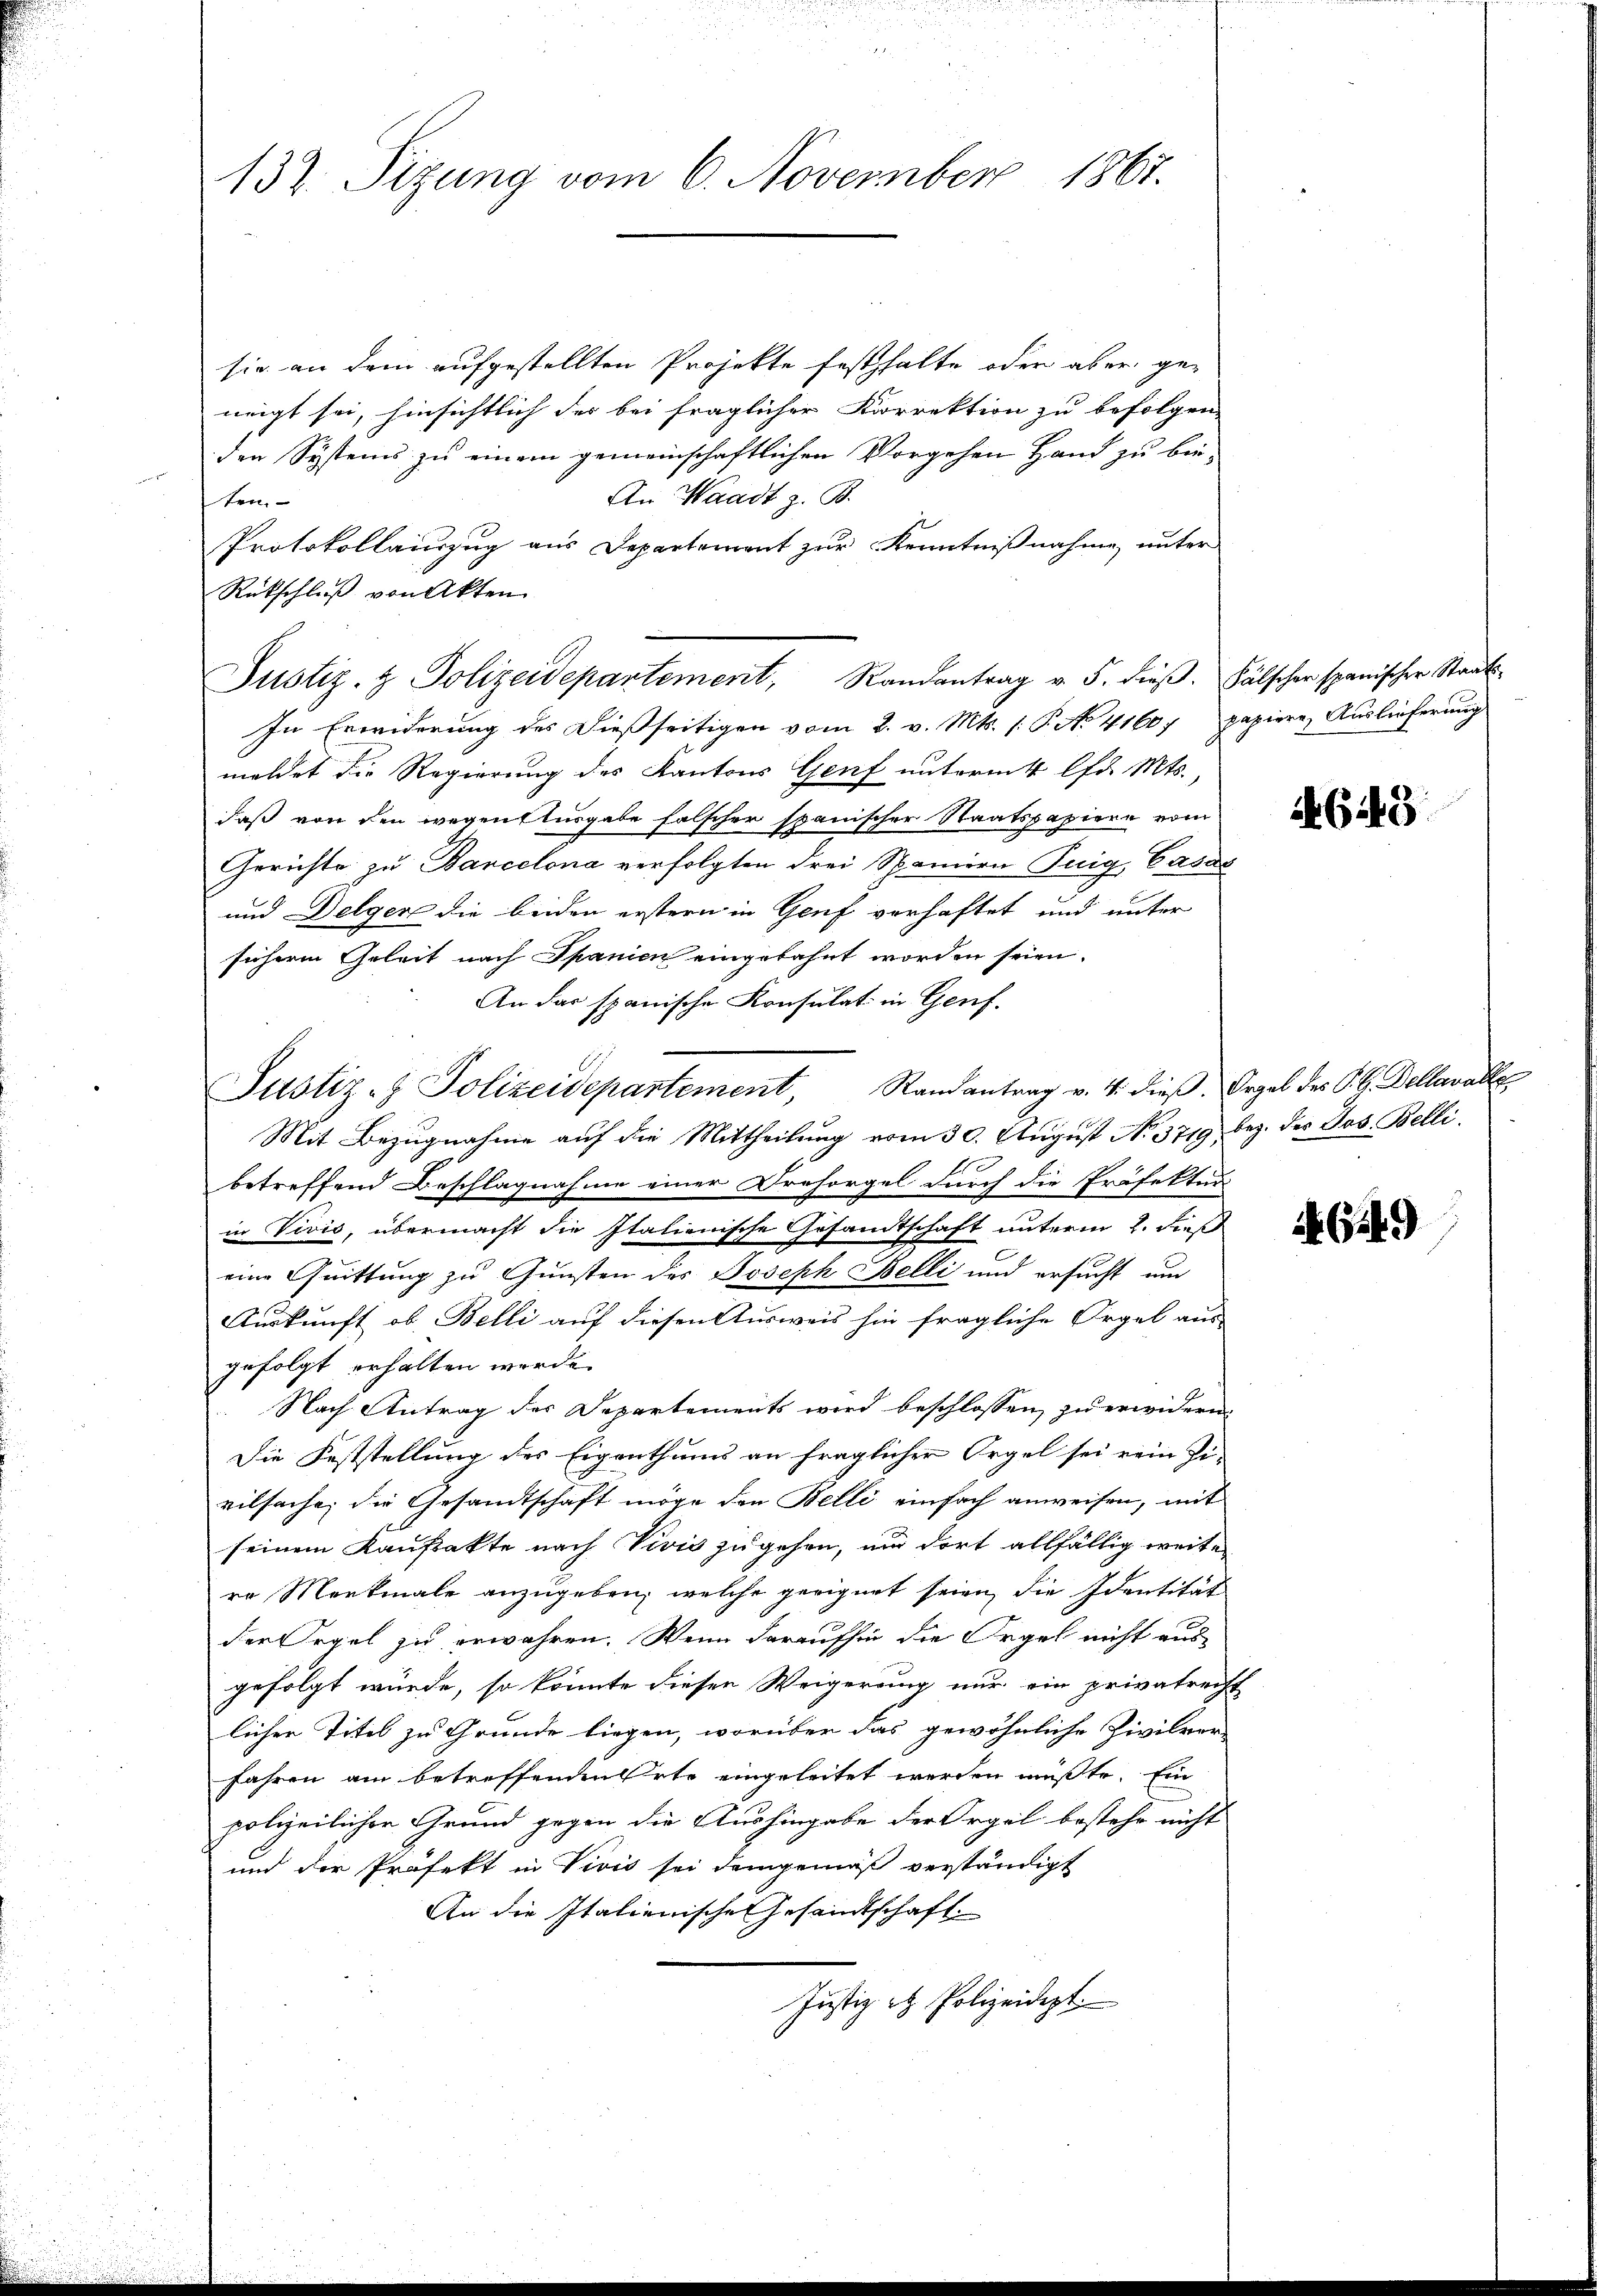
132. Sizung vom 6. November 1867.

sie an dem aufgestellten Projekte festhalte oder aber ge-
neigt sei, hinsichtlich der bei fraglicher Korrektion zu befolgen.
den Systems zu einem gemeinschaftlichen Vorgehen Hand zu bin¬
An Waadt z. B.
ten.
Protokollauszug aus Departement zur Kenntnißnahme unter
Rückschluß von Akten
In Erwiderung des dießseitigen vom 2. v. Mts. (: P. No 41607 papiere Auslieferung
meldet die Regierung des Kantons Genf unterm 4 lfd. Mts.,
daß von den wegenslusgabe falscher spanischer Staatspapiere vom
Gerichte zu Barcelona verfolgten drei Spaniern Teig, Cass
und Delger die beiden erstern in Genf verhaftet und unter
sicheren Geleit nach Spanien eingebahnt worden seien.
An das spanische Konsulat in Genf.
Justiz- & Polizeidepartement, Randantrag v. 4. dieβ. Orgel des P. C. Dellavalle
Mit Bezugnahme auf die Mittheilung vom 30. August No. 3719 bez. des Jos. Belli
betreffend Beschlagnahme einer Dresorgel durch die Präfektur
in Vivis, übermacht die Italienische Gesandtschaft unterm 2. dieß
eine Quittung zu Gunsten des Joseph Belli und ersucht um
Auskunft, ob Belli auf diesen Ausweis hin fragliche Orgel aus
gefolgt erhalten werde.
Nach Antrag des Departements wird beschlossen, zu erwidern
Die Feststellung des Eigenthums an fraglicher Orgel sei rein Di-
vilsache, die Gesandtschaft möge den Belli einfach anweisen, mit
seinem Kaufakte nach Vivis zugehen, und dort allfällig weite
ro Merkmale anzugeben, welche geeignet seien, die Identität
der Orgel zu erwahren. Wenn daraufhin die Orgel nicht aus
gefolgt würde, so könnte diesen Weigerung nur ein privatrecht
licher Titel zu Grunde liegen, worüber das gewöhnliche Zivilrer-
fahren am betreffenden Orte eingeleitet werden müßte. Ein
polizeilicher Grund gegen die Aushingabe der Orgel bestehe nicht
und die Präfekt in Vivis sei demgemäß verständigt
An die Italienischen Gesandtschaft
Justiz et Polizeidigt.

Justiz- & Polizeidepartement, Randantrag v. 5. dieβ. Fälscher spanischer Staats-

4643

649